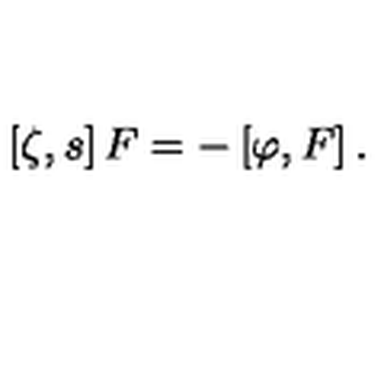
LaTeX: \left[ \zeta , s \right] F = - \left[ \varphi , F \right] .